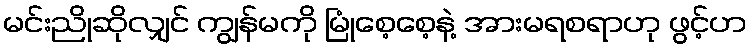
မင်းညိုဆိုလျှင် ကျွန်မကို မြုံစေ့စေ့နဲ့ အားမရစရာဟု ဖွင့်ဟ